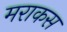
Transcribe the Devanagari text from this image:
मराकस